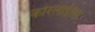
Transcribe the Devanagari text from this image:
कोरलाईला